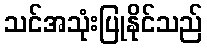
သင်အသုံးပြုနိုင်သည်